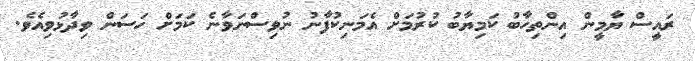
ރައީސް ޔާމީން އިންތިހާބު ކަމިޔާބު ކުރުމަށް އެމަނިކުފާނު ނުވިސްނަވާނެ ކަމަށް ހަސަން ވިދާޅުވިއެވެ.